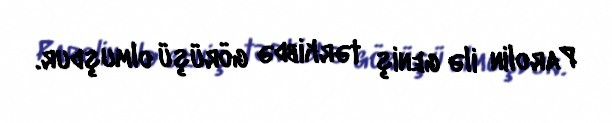
Parolin ilə geniş tərkibdə görüşü olmuşdur.